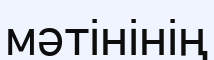
мәтінінің